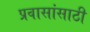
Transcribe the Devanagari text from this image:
प्रवासांसाठी